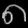
Digit: ၈